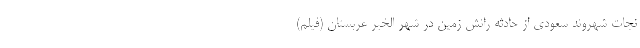
نجات شهروند سعودی از حادثه رانش زمین در شهر الخُبَّر عربستان (فیلم)